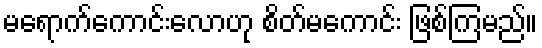
မရောက်ကောင်းလောဟု စိတ်မကောင်း ဖြစ်ကြမည်။